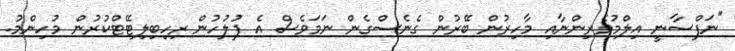
"ނަފްސާނީ އިލްމުވެރިންނާއި މާހިރުން ބޭރުން ގެނެސްގެން ނަމަވެސް އެ ފުލުހުން ރިހިބިލިޓޭޓްކުރުން މުހިންމު.